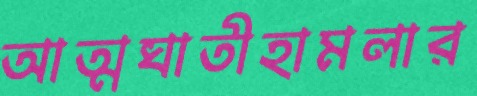
আত্মঘাতীহামলার